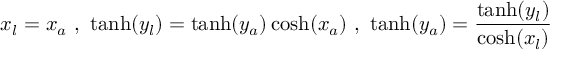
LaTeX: x _ { l } = x _ { a } \ , \ \operatorname { t a n h } ( y _ { l } ) = \operatorname { t a n h } ( y _ { a } ) \cosh ( x _ { a } ) \ , \ \operatorname { t a n h } ( y _ { a } ) = { \frac { \operatorname { t a n h } ( y _ { l } ) } { \cosh ( x _ { l } ) } }